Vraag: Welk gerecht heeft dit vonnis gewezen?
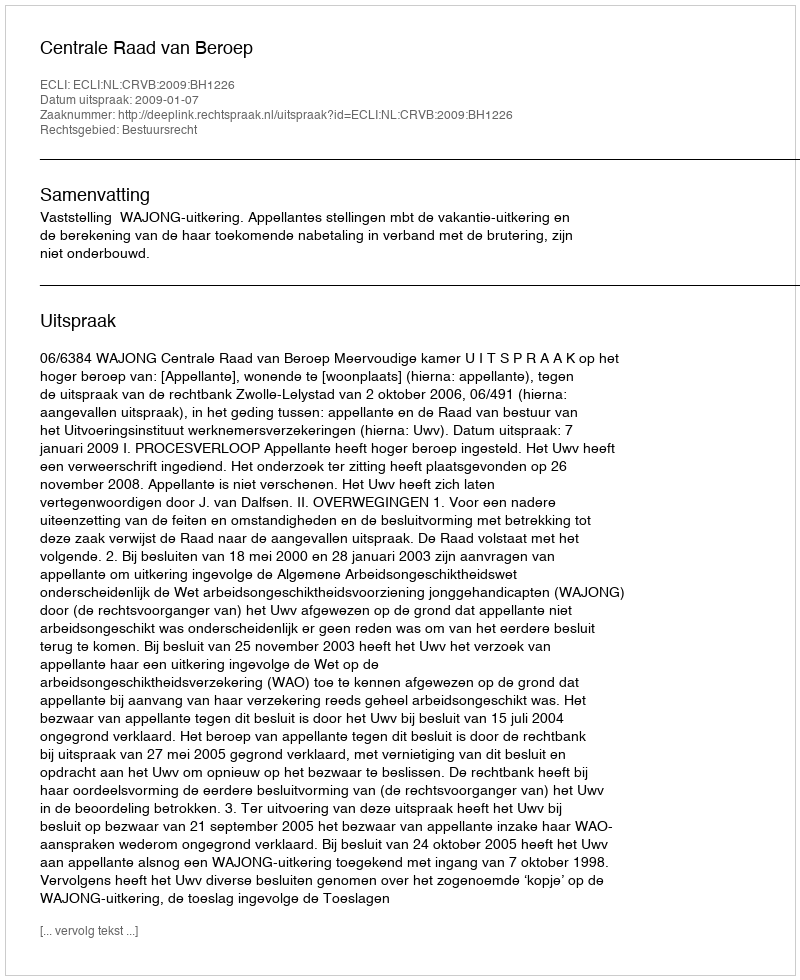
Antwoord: Centrale Raad van Beroep